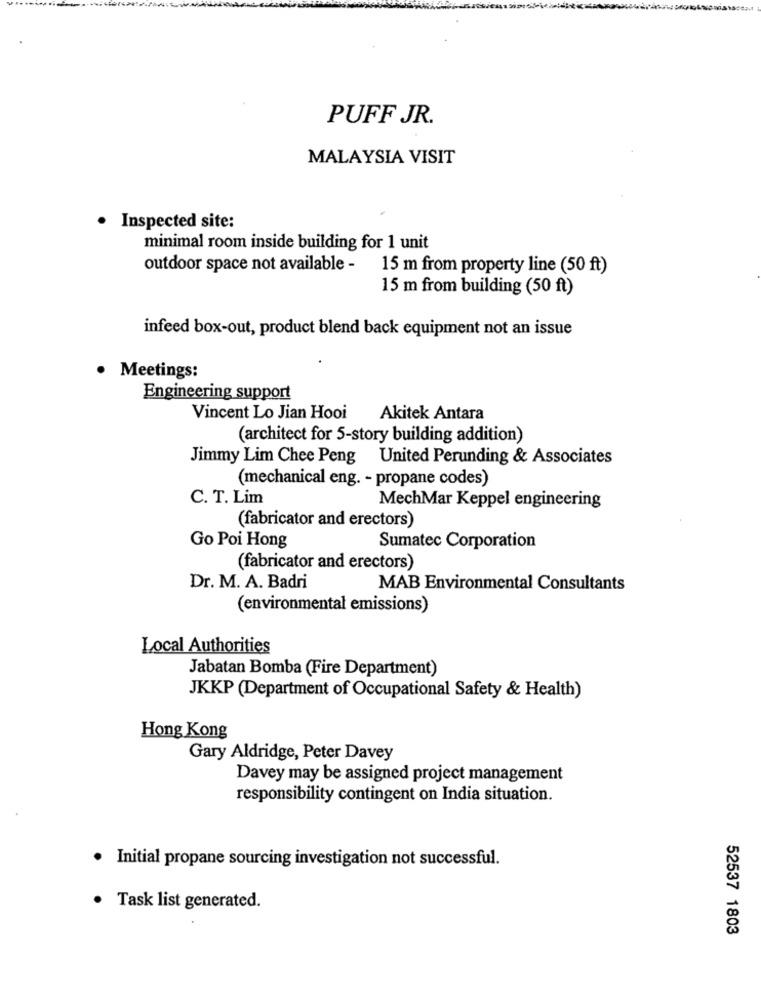
PUFF JR.
MALAYSIA VISIT
Inspected site:
minimal room inside building for 1 unit
outdoor space not available -
15 m from property line (50 ft)
15 m from building (50 ft)
infeed box-out, product blend back equipment not an issue
· Meetings:
Engineering support
Vincent Lo Jian Hooi
Akitek Antara
(architect for 5-story building addition)
Jimmy Lim Chee Peng United Perunding & Associates
(mechanical eng. - propane codes)
C. T. Lim
MechMar Keppel engineering
(fabricator and erectors)
Go Poi Hong
Sumatec Corporation
(fabricator and erectors)
Dr. M. A. Badri
MAB Environmental Consultants
(environmental emissions)
Local Authorities
Jabatan Bomba (Fire Department)
JKKP (Department of Occupational Safety & Health)
Hong Kong
Gary Aldridge, Peter Davey
Davey may be assigned project management
responsibility contingent on India situation.
· Initial propane sourcing investigation not successful.
· Task list generated.
52537 1803